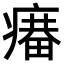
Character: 𤹲